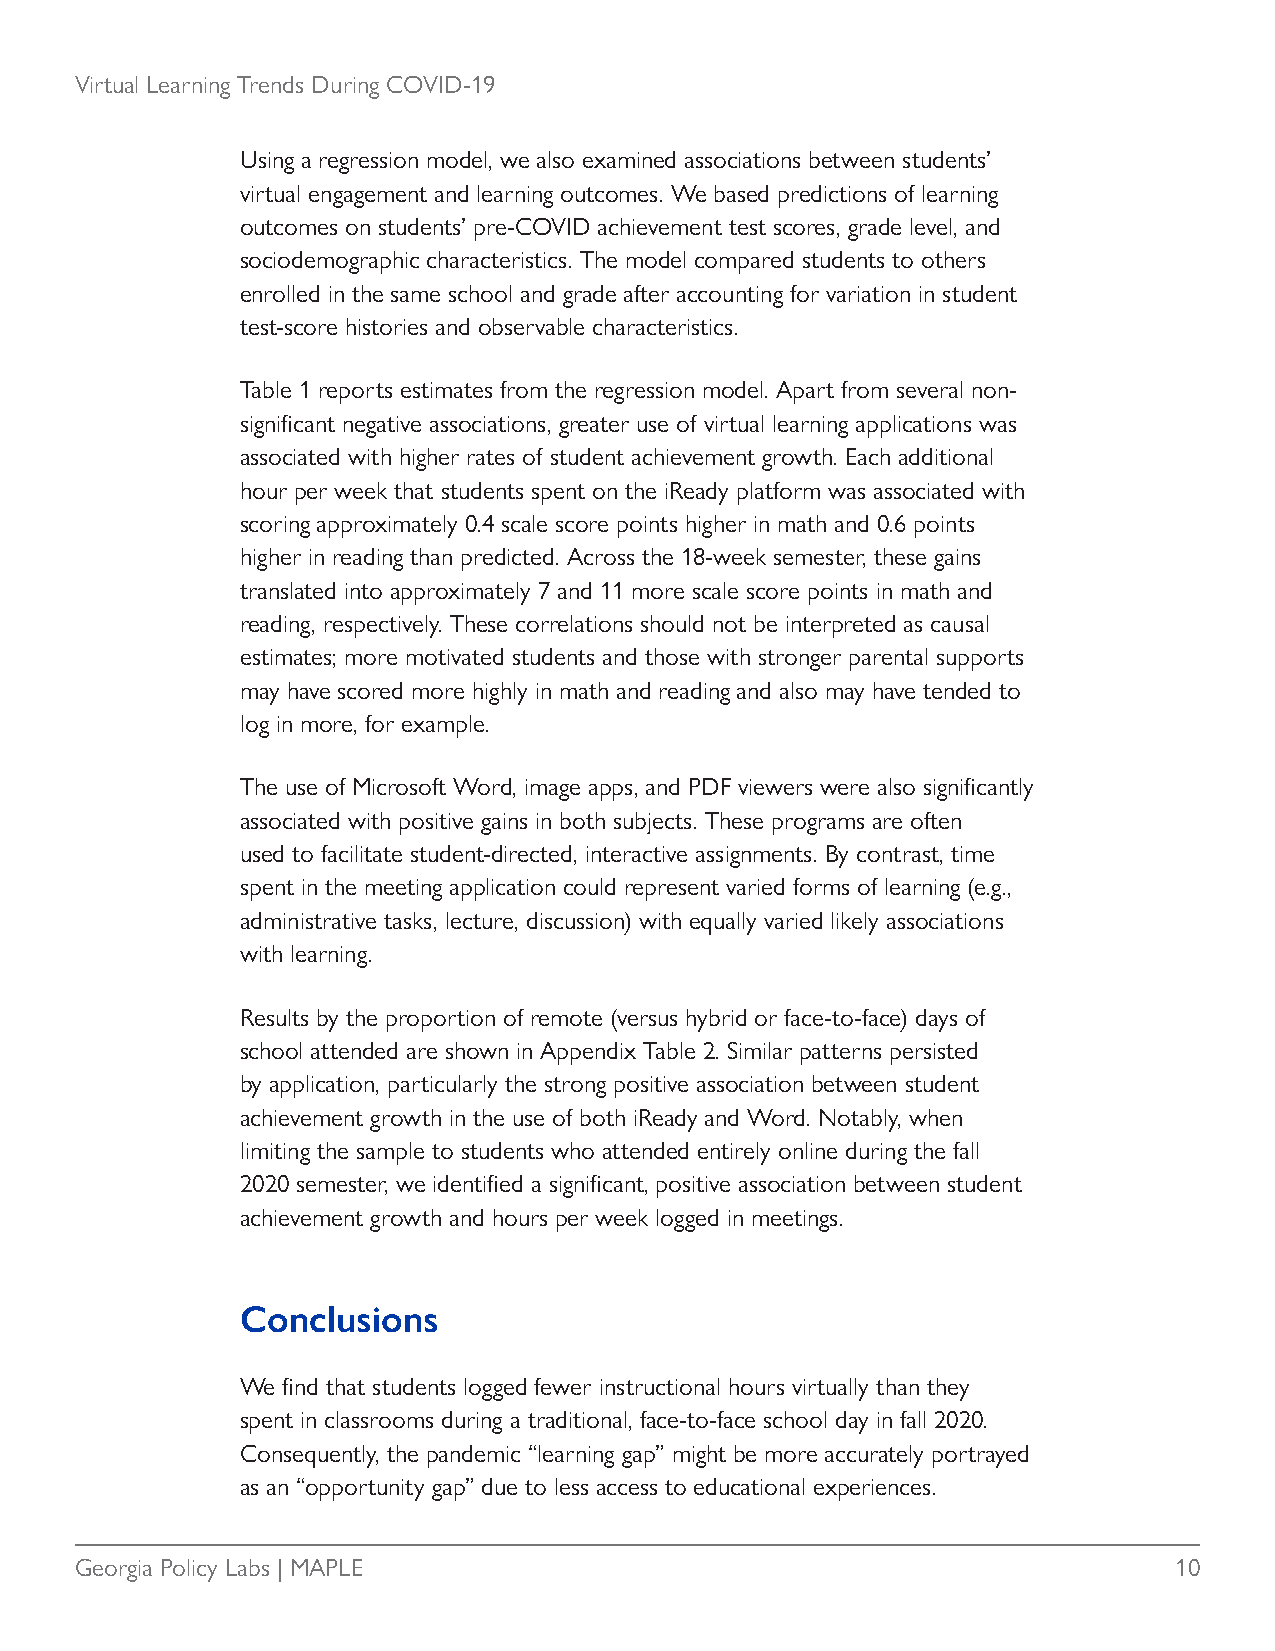
Virtual Learning Trends During COVID-19
 Using a regression model, we also examined associations between students’
 virtual engagement and learning outcomes. We based predictions of learning
 outcomes on students’ pre-COVID achievement test scores, grade level, and
 sociodemographic characteristics. The model compared students to others
 enrolled in the same school and grade after accounting for variation in student
 test-score histories and observable characteristics.
 Table 1 reports estimates from the regression model. Apart from several non-
 significant negative associations, greater use of virtual learning applications was
 associated with higher rates of student achievement growth. Each additional
 hour per week that students spent on the iReady platform was associated with
 scoring approximately 0.4 scale score points higher in math and 0.6 points
 higher in reading than predicted. Across the 18-week semester, these gains
 translated into approximately 7 and 11 more scale score points in math and
 reading, respectively. These correlations should not be interpreted as causal
 estimates; more motivated students and those with stronger parental supports
 may have scored more highly in math and reading and also may have tended to
 log in more, for example.
 The use of Microsoft Word, image apps, and PDF viewers were also significantly
 associated with positive gains in both subjects. These programs are often
 used to facilitate student-directed, interactive assignments. By contrast, time
 spent in the meeting application could represent varied forms of learning (e.g.,
 administrative tasks, lecture, discussion) with equally varied likely associations
 with learning.
 Results by the proportion of remote (versus hybrid or face-to-face) days of
 school attended are shown in Appendix Table 2. Similar patterns persisted
 by application, particularly the strong positive association between student
 achievement growth in the use of both iReady and Word. Notably, when
 limiting the sample to students who attended entirely online during the fall
 2020 semester, we identified a significant, positive association between student
 achievement growth and hours per week logged in meetings.
 Conclusions
 We find that students logged fewer instructional hours virtually than they
 spent in classrooms during a traditional, face-to-face school day in fall 2020.
 Consequently, the pandemic “learning gap” might be more accurately portrayed
 as an “opportunity gap” due to less access to educational experiences.
 Georgia Policy Labs | MAPLE                                              10